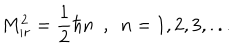
M _ { i r } ^ { 2 } = \frac { 1 } { 2 } \hbar n ~ ~ , ~ ~ n = 1 , 2 , 3 , . . .